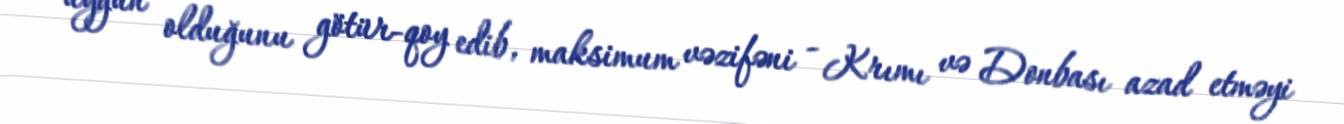
uyğun olduğunu götür-qoy edib, maksimum vəzifəni - Krımı və Donbası azad etməyi